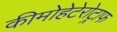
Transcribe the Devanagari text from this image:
कीमोहेटेरोट्राफ